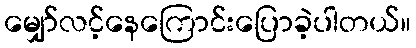
မျှော်လင့်နေကြောင်းပြောခဲ့ပါတယ်။